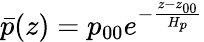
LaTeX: \bar{p}(z)=p_{00}e^{-\frac{z-z_{00}}{H_{p}}}